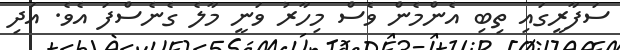
ސަފާރީގައި ތިބި އެންމެން ވެސް މިހާރު ވަނީ މާލެ ގެނެސްފަ އެވެ. އަދި